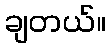
ချတယ်။